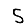
Digit: 5